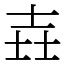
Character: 壵